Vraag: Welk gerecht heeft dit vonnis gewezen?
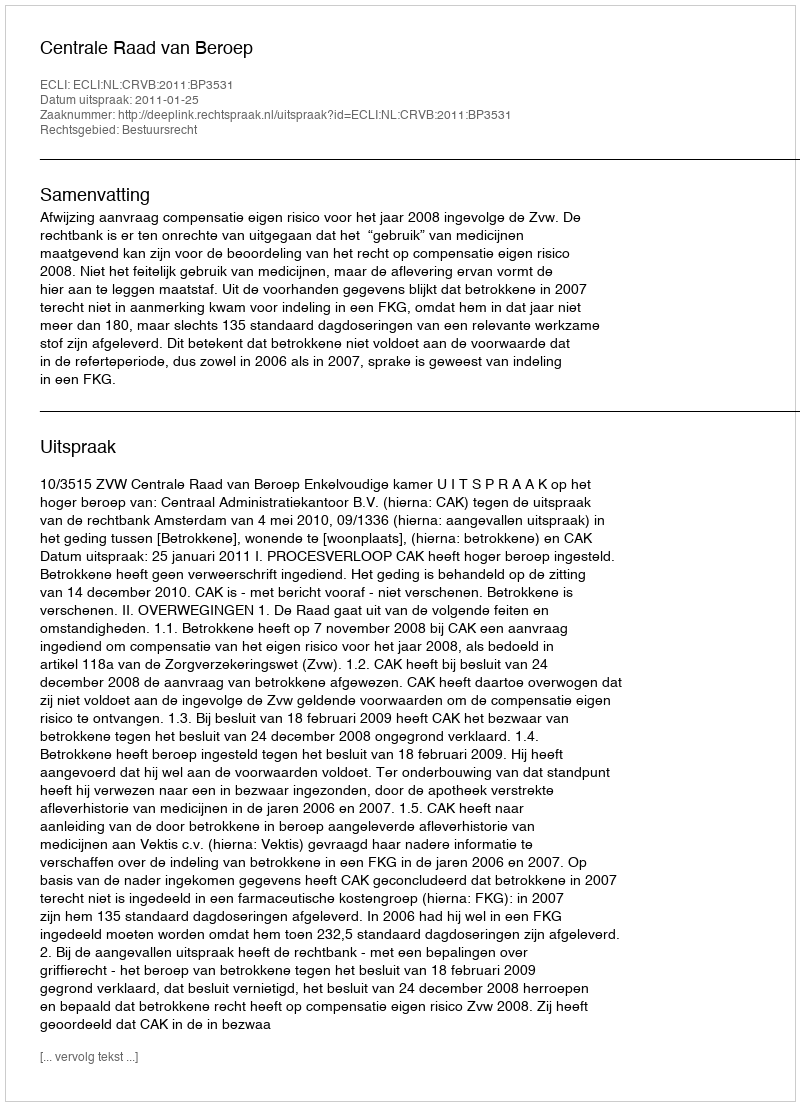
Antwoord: Centrale Raad van Beroep